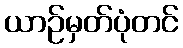
ယာဉ်မှတ်ပုံတင်